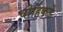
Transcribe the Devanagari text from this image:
चोहिंकडे